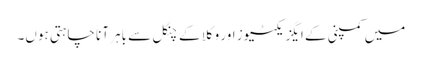
میں کمپنی کے ایگزیکٹیوز اور وکلا کے چنگل سے باہر آنا چاہتی ہوں۔